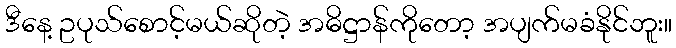
ဒီနေ့ ဥပုသ်စောင့်မယ်ဆိုတဲ့ အဓိဋ္ဌာန်ကိုတော့ အပျက်မခံနိုင်ဘူး။